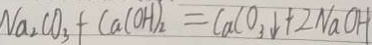
N a _ { 2 } C O _ { 3 } + C a ( O H ) _ { 2 } = C a C O _ { 3 } \downarrow + 2 N a O H